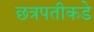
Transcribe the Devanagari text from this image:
छत्रपतीकडे